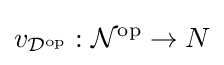
v_{{\mathcal {D}}^{\operatorname {op} }}:{\mathcal {N}}^{\operatorname {op} }\rightarrow N